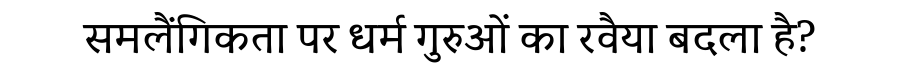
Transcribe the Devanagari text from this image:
समलैंगिकता पर धर्म गुरुओं का रवैया बदला है?